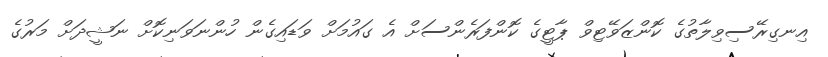
އިނގިރޭސިވިލާތުގެ ކޮންޒަވޭޓިވް ޕާޓީގެ ކޮންފަރެންސަށް އެ ގައުމަށް ވަޑައިގެން ހުންނަވަނިކޮށް ނަޝީދަށް މަރުގެ